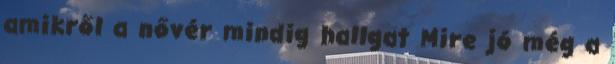
amikről a nővér mindig hallgat Mire jó még a